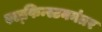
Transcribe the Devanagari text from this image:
एल्‌फिन्स्टननंतर